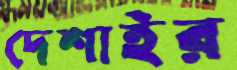
দেশাইর